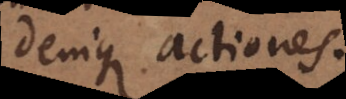
denique actiones.